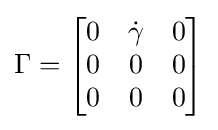
\Gamma ={\begin{bmatrix}0&{\dot {\gamma }}&0\\0&0&0\\0&0&0\end{bmatrix}}